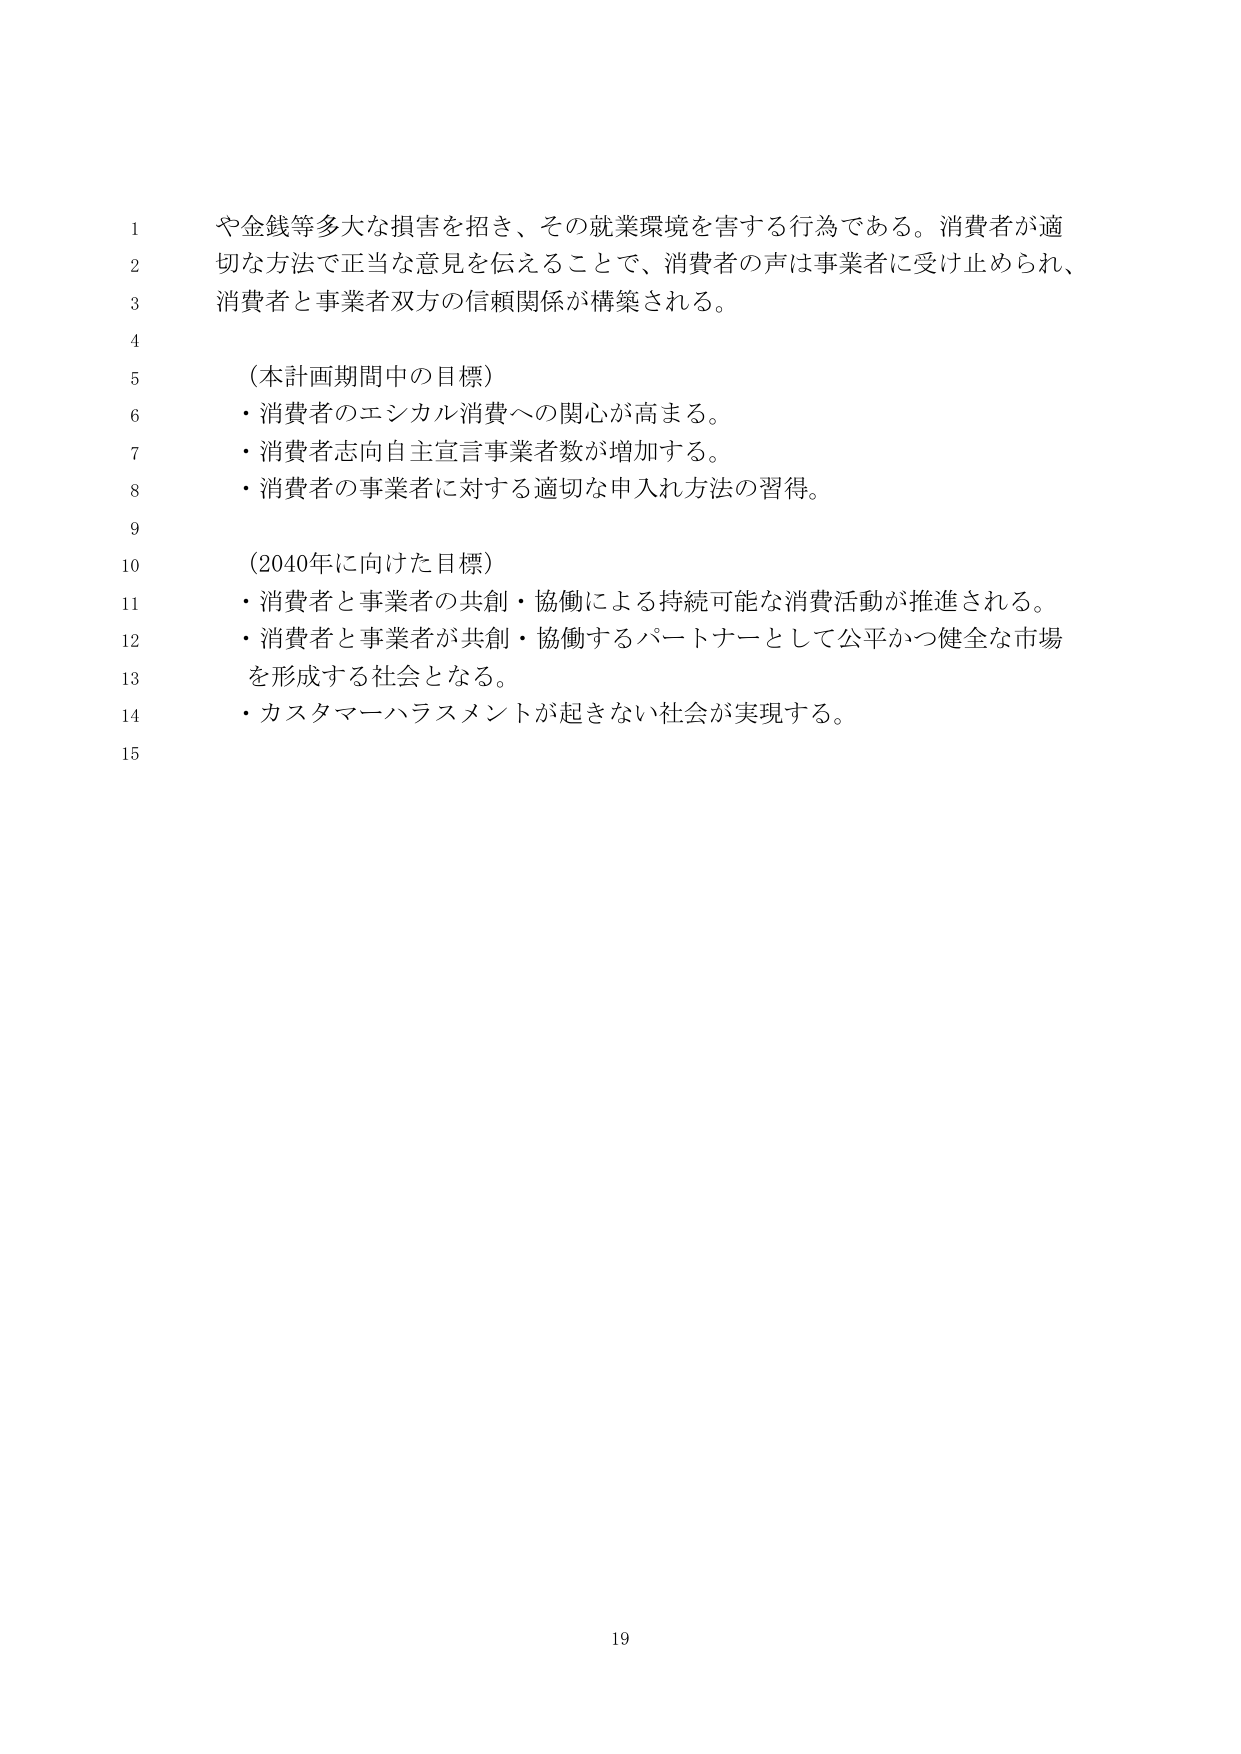
や金銭等多大な損害を招き、その就業環境を害する行為である。消費者が適切な方法で正当な意見を伝えることで、消費者の声は事業者に受け止められ、消費者と事業者双方の信頼関係が構築される。

（本計画期間中の目標）
・消費者のエシカル消費への関心が高まる。
・消費者志向自主宣言事業者数が増加する。
・消費者の事業者に対する適切な申入れ方法の習得。

（2040年に向けた目標）
・消費者と事業者の共創・協働による持続可能な消費活動が推進される。
・消費者と事業者が共創・協働するパートナーとして公平かつ健全な市場を形成する社会となる。
・カスタマーハラスメントが起きない社会が実現する。

19